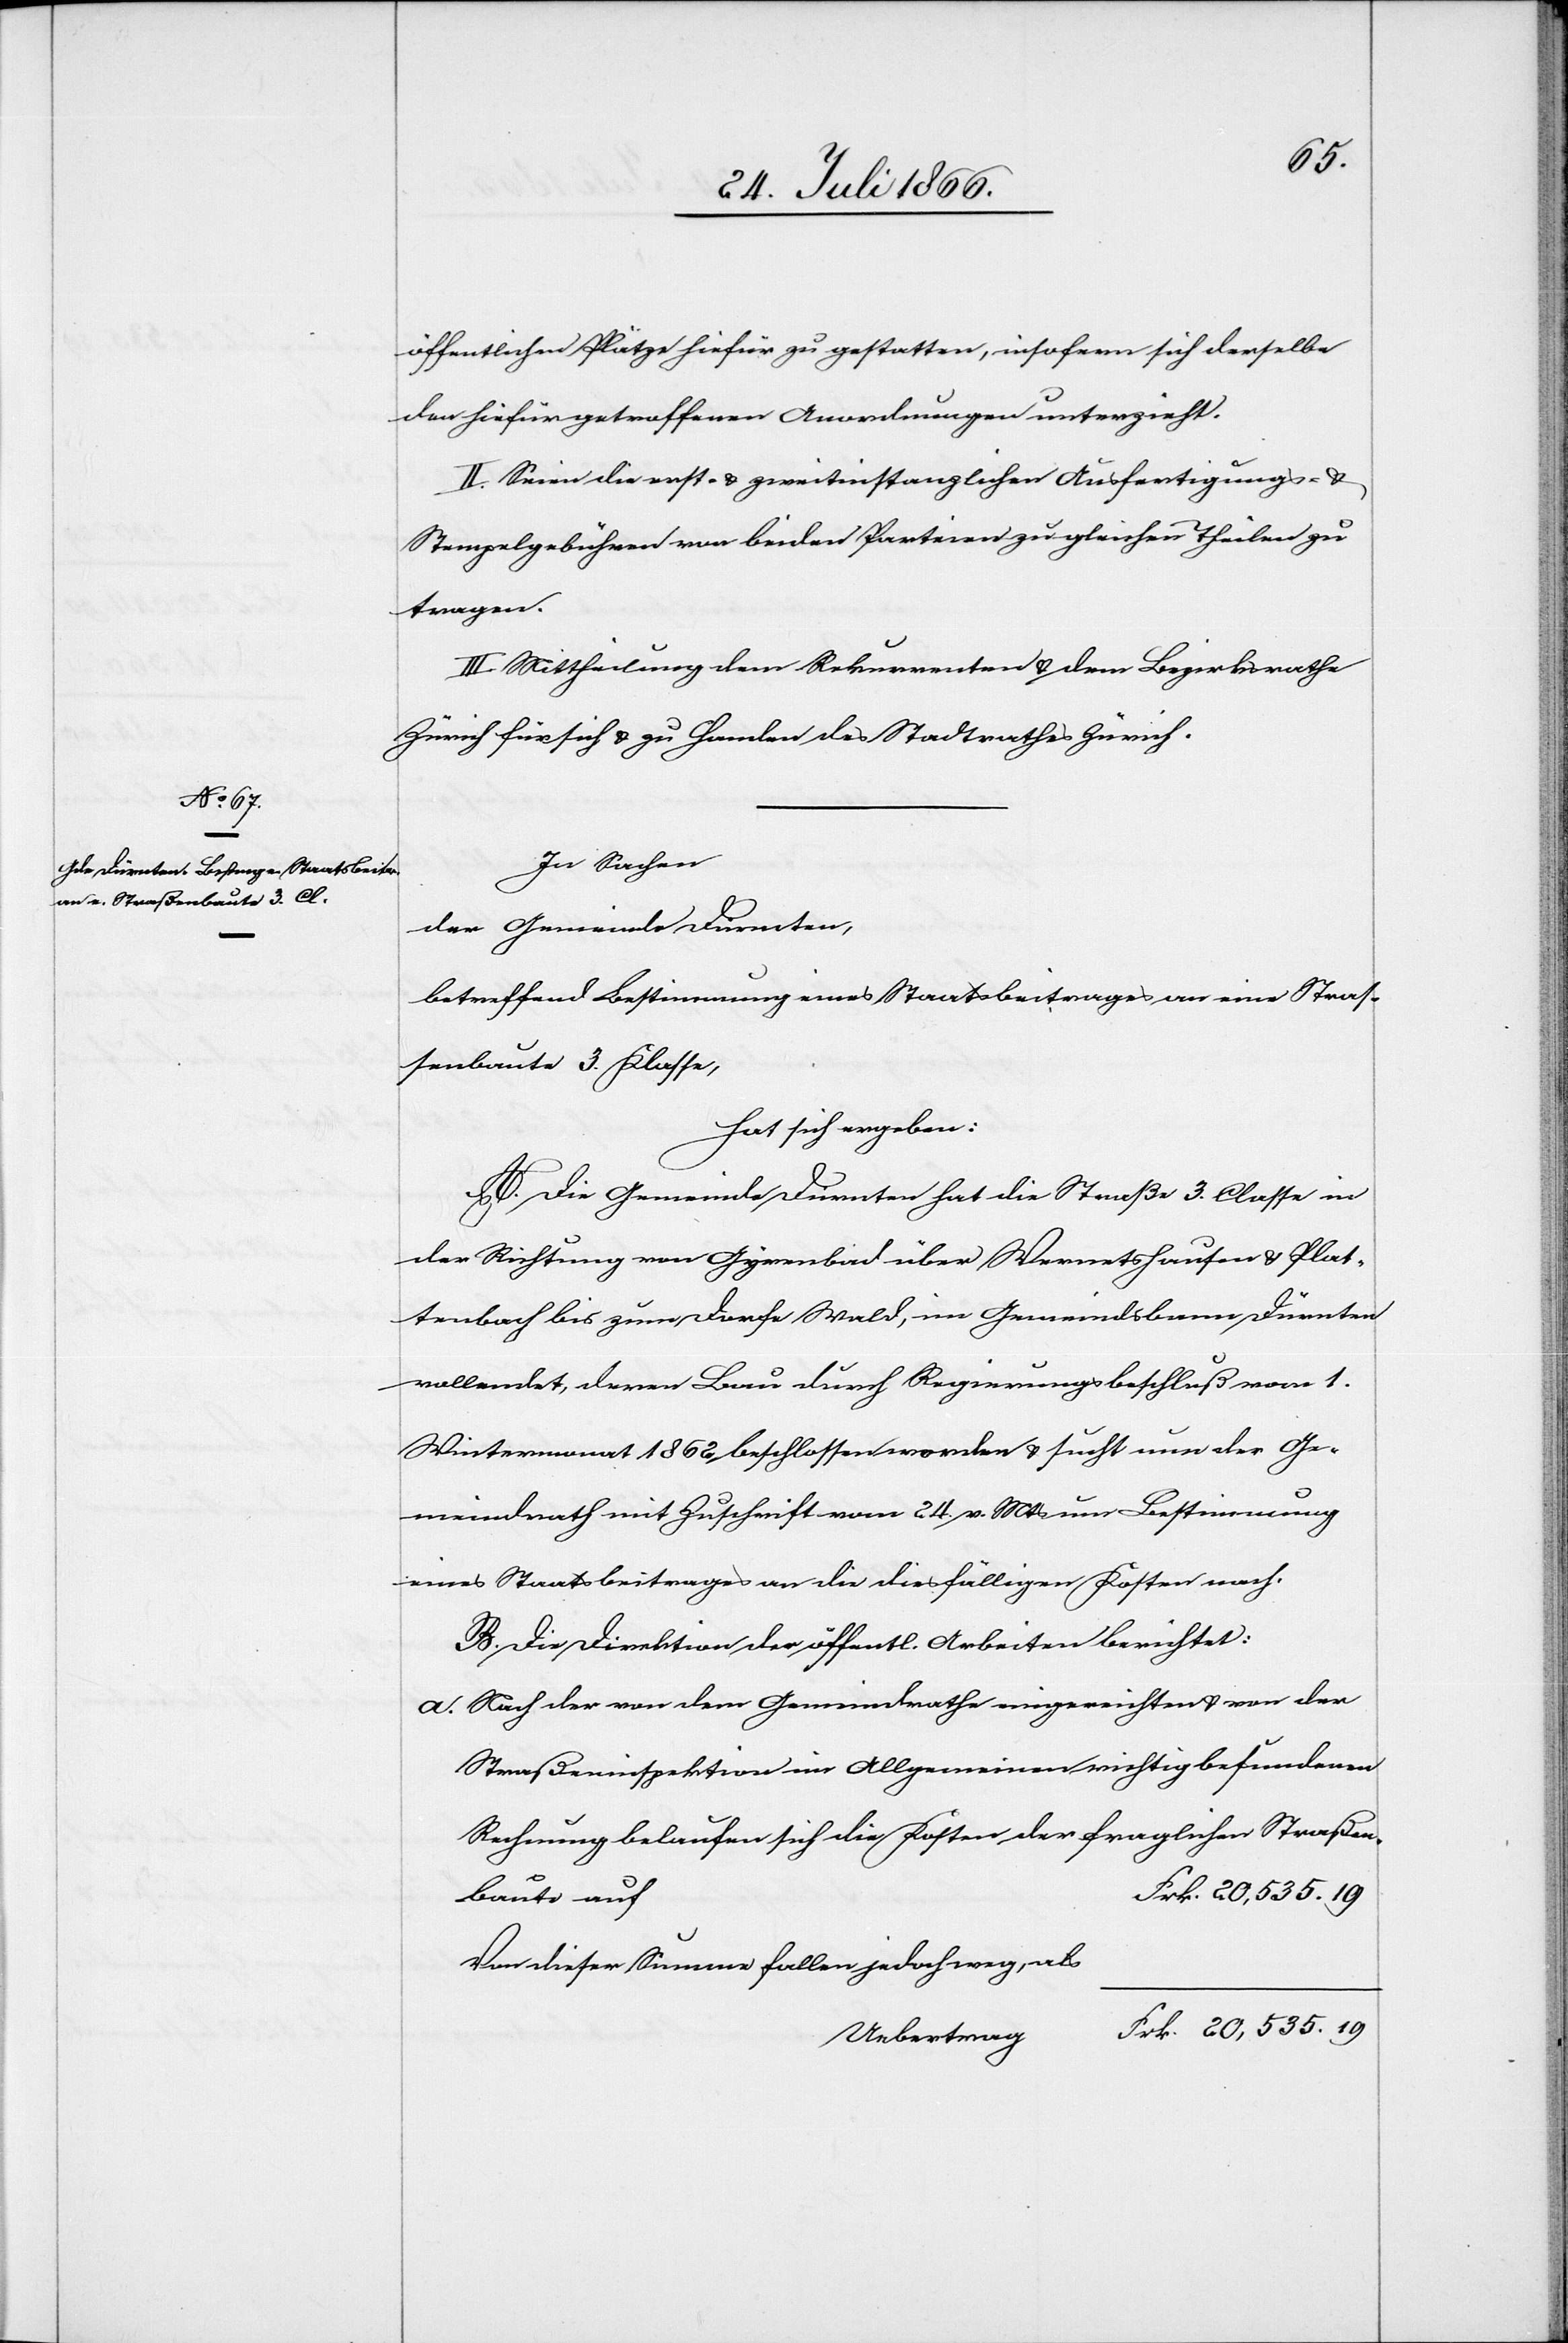
535.
In Sachen
der Gemeinde Dürnten,
betreffend Bestimmung eines Staatsbeitrages an eine Straß¬
enbaute 3. Klasse,
hat sich ergeben:
A. Die Gemeinde Dürnten hat die Straße 3. Classe in
der Richtung von Gyrenbad über Wernetshausen bis
vollendet, deren Bau durch Regierungsbeschluß vom 1.
Wintermonat 1862 beschlossen worden u. sucht nun der Ge¬
meindrath mit Zuschrift vom 24. v. Mts. um Bestimmung
eines Staatsbeitrages an die diesfälligen Kosten nach.
B. Die Direktion der öffentl. Arbeiten berichtet:
a. Nach der von dem Gemeindrathe eingereichten u. von der
Straßenbauinspektion im Allgemeinen richtig befundenen
Rechnung belaufen sich die Kosten der fraglichen Straßen¬
baute auf
Von dieser Summe fallen jedoch weg, als
Uebertrag